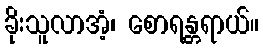
ခိုးသူလာအံ့၊ စောရန္တရာယ်။